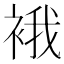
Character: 𧚄